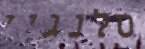
סלנגיי